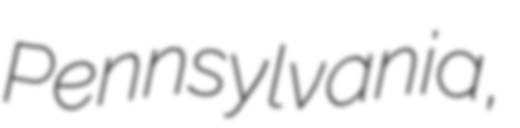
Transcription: Pennsylvania,